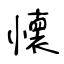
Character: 懐